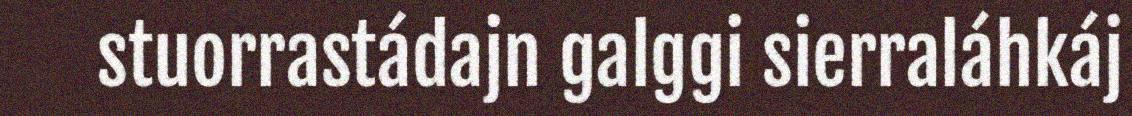
stuorrastádajn galggi sierraláhkáj